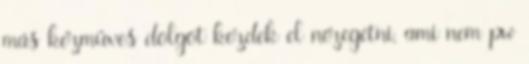
más kézműves dolgot kezdek el nézegetni, ami nem pw